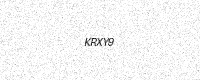
Text: KRXY9